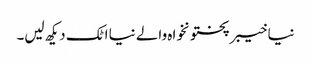
نیا خیبرپختونخواہ والے نیا اٹک دیکھ لیں۔